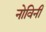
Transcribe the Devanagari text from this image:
नोविनी